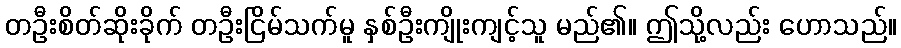
တဦးစိတ်ဆိုးခိုက် တဦးငြိမ်သက်မူ နှစ်ဦးကျိုးကျင့်သူ မည်၏။ ဤသို့လည်း ဟောသည်။